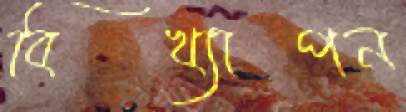
বিখ্যাপন